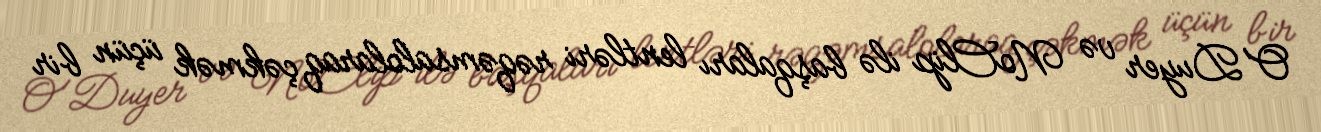
O'Duyer və NoClip ilə başqaları lentləri rəqəmsalolaraq çəkmək üçün bir